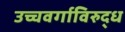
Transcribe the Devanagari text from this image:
उच्चवर्गाविरुद्ध